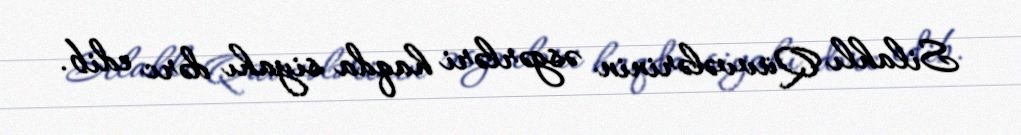
Silahlı Qüvvələrinin əsgərləri haqda siyahı dərc edib.